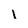
Character: 1